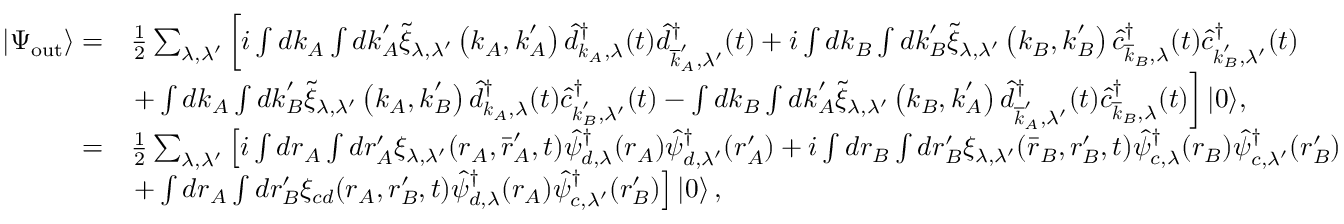
\begin{array} { r l } { \left| \Psi _ { \mathrm { o u t } } \right\rangle = } & { \frac { 1 } { 2 } \sum _ { \lambda , \lambda ^ { \prime } } \left[ i \int d \boldsymbol { k } _ { A } \int d \boldsymbol { k } _ { A } ^ { \prime } \tilde { \xi } _ { \lambda , \lambda ^ { \prime } } \left( \boldsymbol { k } _ { A } , \boldsymbol { k } _ { A } ^ { \prime } \right) \hat { d } _ { \boldsymbol { k } _ { A } , \lambda } ^ { \dagger } ( t ) \hat { d } _ { \overline { { \boldsymbol { k } } } _ { A } ^ { \prime } , \lambda ^ { \prime } } ^ { \dagger } ( t ) + i \int d \boldsymbol { k } _ { B } \int d \boldsymbol { k } _ { B } ^ { \prime } \tilde { \xi } _ { \lambda , \lambda ^ { \prime } } \left( \boldsymbol { k } _ { B } , \boldsymbol { k } _ { B } ^ { \prime } \right) \hat { c } _ { \overline { { \boldsymbol { k } } } _ { B } , \lambda } ^ { \dagger } ( t ) \hat { c } _ { \boldsymbol { k } _ { B } ^ { \prime } , \lambda ^ { \prime } } ^ { \dagger } ( t ) \right. } \\ & { \left. + \int d \boldsymbol { k } _ { A } \int d \boldsymbol { k } _ { B } ^ { \prime } \tilde { \xi } _ { \lambda , \lambda ^ { \prime } } \left( \boldsymbol { k } _ { A } , \boldsymbol { k } _ { B } ^ { \prime } \right) \hat { d } _ { \boldsymbol { k } _ { A } , \lambda } ^ { \dagger } ( t ) \hat { c } _ { \boldsymbol { k } _ { B } ^ { \prime } , \lambda ^ { \prime } } ^ { \dagger } ( t ) - \int d \boldsymbol { k } _ { B } \int d \boldsymbol { k } _ { A } ^ { \prime } \tilde { \xi } _ { \lambda , \lambda ^ { \prime } } \left( \boldsymbol { k } _ { B } , \boldsymbol { k } _ { A } ^ { \prime } \right) \hat { d } _ { \overline { { \boldsymbol { k } } } _ { A } ^ { \prime } , \lambda ^ { \prime } } ^ { \dagger } ( t ) \hat { c } _ { \overline { { \boldsymbol { k } } } _ { B } , \lambda } ^ { \dagger } ( t ) \right] | 0 \rangle , } \\ { = } & { \frac { 1 } { 2 } \sum _ { \lambda , \lambda ^ { \prime } } \left[ i \int d \boldsymbol { r } _ { A } \int d \boldsymbol { r } _ { A } ^ { \prime } \xi _ { \lambda , \lambda ^ { \prime } } ( \boldsymbol { r } _ { A } , \bar { \boldsymbol { r } } _ { A } ^ { \prime } , t ) \hat { \psi } _ { d , \lambda } ^ { \dagger } ( \boldsymbol { r } _ { A } ) \hat { \psi } _ { d , \lambda ^ { \prime } } ^ { \dagger } ( \boldsymbol { r } _ { A } ^ { \prime } ) + i \int d \boldsymbol { r } _ { B } \int d \boldsymbol { r } _ { B } ^ { \prime } \xi _ { \lambda , \lambda ^ { \prime } } ( \bar { \boldsymbol { r } } _ { B } , \boldsymbol { r } _ { B } ^ { \prime } , t ) \hat { \psi } _ { c , \lambda } ^ { \dagger } ( \boldsymbol { r } _ { B } ) \hat { \psi } _ { c , \lambda ^ { \prime } } ^ { \dagger } ( \boldsymbol { r } _ { B } ^ { \prime } ) \right. } \\ & { \left. + \int d \boldsymbol { r } _ { A } \int d \boldsymbol { r } _ { B } ^ { \prime } \xi _ { c d } ( \boldsymbol { r } _ { A } , \boldsymbol { r } _ { B } ^ { \prime } , t ) \hat { \psi } _ { d , \lambda } ^ { \dagger } ( \boldsymbol { r } _ { A } ) \hat { \psi } _ { c , \lambda ^ { \prime } } ^ { \dagger } ( \boldsymbol { r } _ { B } ^ { \prime } ) \right] \left| 0 \right\rangle , } \end{array}